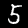
Digit: 5